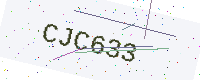
Text: CJC633